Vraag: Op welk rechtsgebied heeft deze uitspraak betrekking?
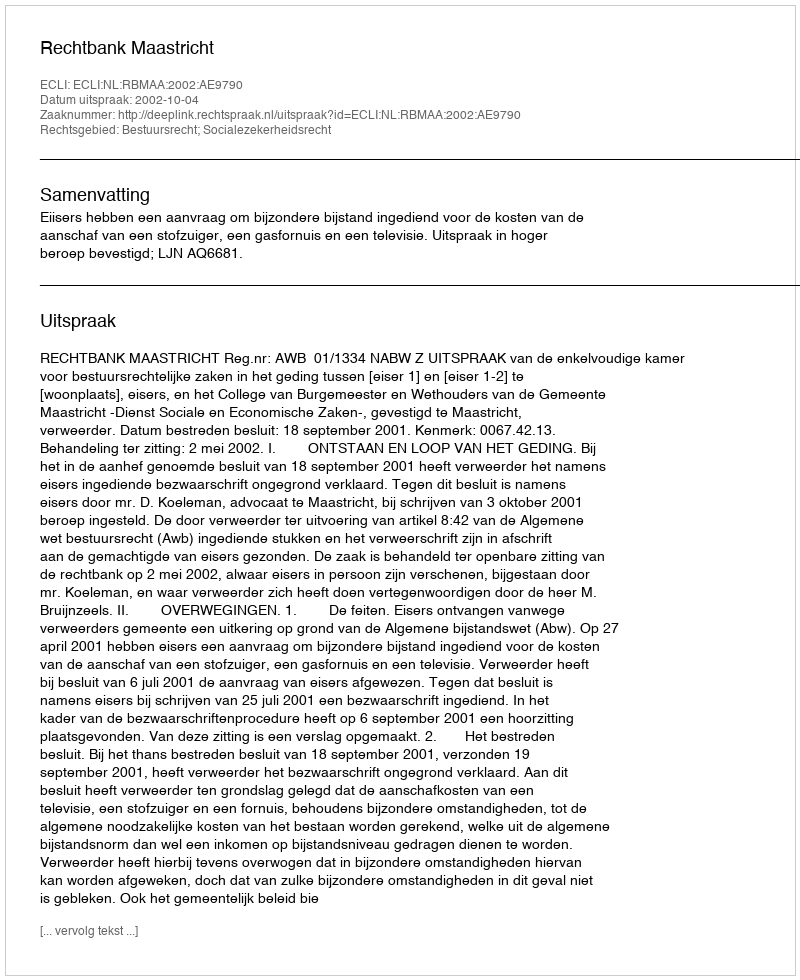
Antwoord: Bestuursrecht; Socialezekerheidsrecht